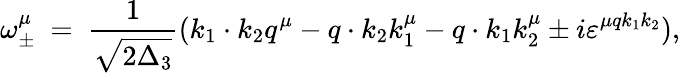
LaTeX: \omega_{\pm}^{\mu}\ =\ \frac{1}{\sqrt{2\Delta_{3}}}(k_{1}\cdot k_{2}q^{\mu}-q\cdot k_{2}k_{1}^{\mu}-q\cdot k_{1}k_{2}^{\mu}\pm i\varepsilon^{\mu qk_{1}k_{2}}),